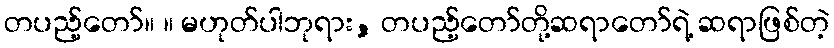
တပည့်တော်။ ။ မဟုတ်ပါဘုရား, တပည့်တော်တို့ဆရာတော်ရဲ့ ဆရာဖြစ်တဲ့